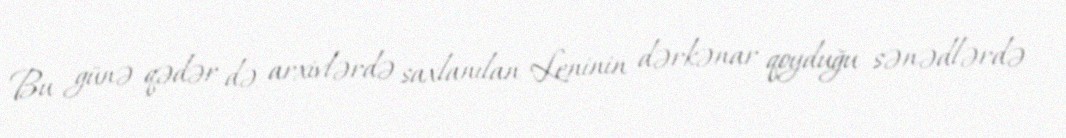
Bu günə qədər də arxivlərdə saxlanılan Leninin dərkənar qoyduğu sənədlərdə